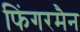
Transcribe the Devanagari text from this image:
फिंगरमैन